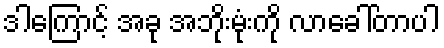
ဒါကြောင့် အခု အဘိုးမုံးကို လာခေါ်တာပါ